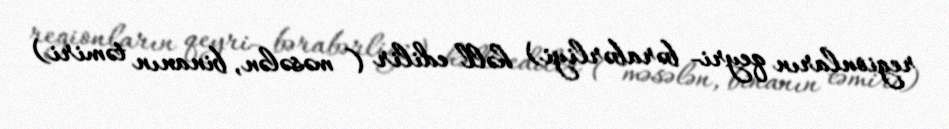
regionların qeyri- bərabərliyi) həll edilir ( məsələn, binanın təmiri)